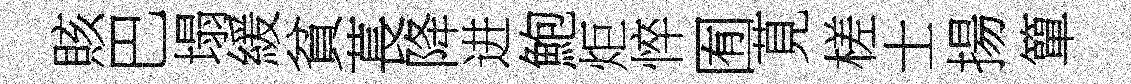
賅巴塌緩貧萇降进鮑炬悴囿莧槎士揚簞